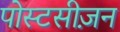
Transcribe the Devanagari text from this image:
पोस्टसीज़न